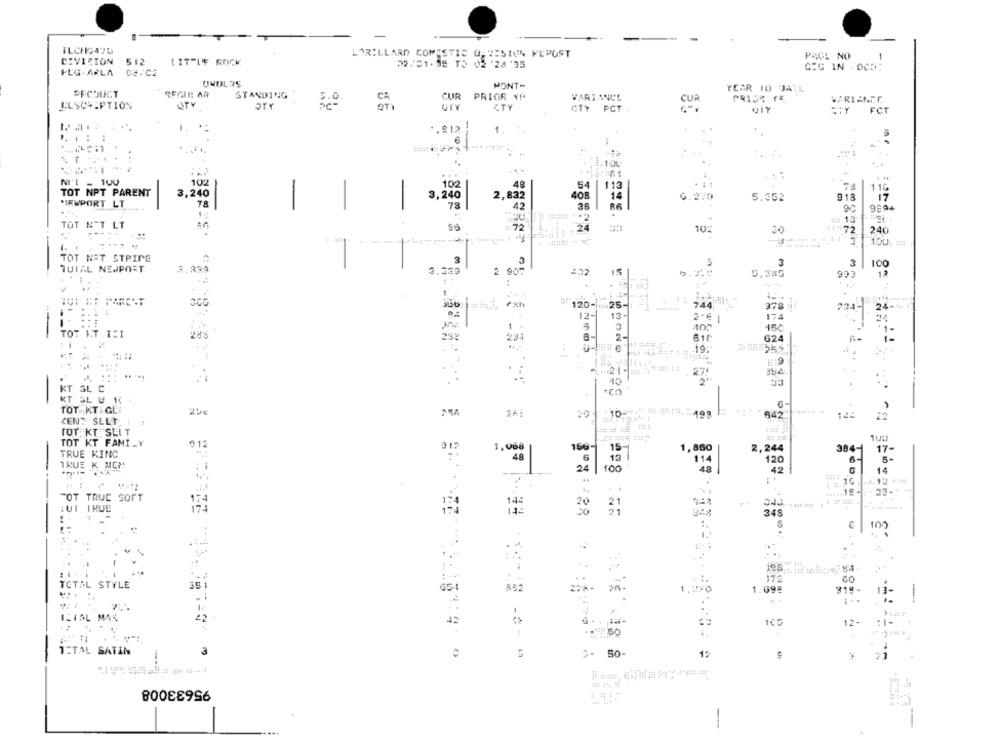
TLCHE470
LORILLARD COMESTIS GAVESIUN FEPOST
PACL NO
1
CIVICION
512
LITTLE ROCK
00101-58 T5 02 '28'35
CIG IN . 005:
FLG- ARLA
PONT-
YEAR IO JATE
PPCDUCT
REGIN! AR
STANDING
CUR PRIOR Y!
VARIANCE
CUR
VARIANTE,
ELSCRIPTION
OTY
GIY
CTY
OTY PCT
917
=: Y
FCT
...
1.212
1
6
. .
..
NI'L - 100
102
102
48
54
113
TOT NPT PARENT
3,240
3,240
408
1
2,832
14
6
.270
5.352
918
17
*IRUPORT LT
78
-
-
78
42
90
9804
-
TOT N'T LT
96
#72
24
30
11472
240
3 | 100:
TOT NET STRIPE
3
TUIAL NEWPORT
3.339
3
3
100
2 90%
15
5.385
993
12
:
ET PARENT
120-25 -:
744
378 il
24-
234-
12-
13-
174
24
1 .
100
150
-
TOT KT ISI
288
294
2-
610
624
-19.
3101952.
151 . 27!
354
.
..
10
KT SL C
.CO
-
KT BL U R
TOT KT GLI
842
142
CENTE SELT :
TOT, KT SLIT
TOT KT FAMILY
12
1,008
166
TRUE KING
917
15-
1,860
2,244
384-
17-
48
6
114
120
6-
5-
TRUE K MEN
24
48
208
14
FOT TRUC SOFT
20
LUI TRUE
31
348
:.
C
100
.
...
172
TOTAL STYLE
892
65
1.098
918-
13-
. .
-
ICIAL MAS
22
42
12
TETAL SATIN
3
3- 50-
1%
21
95633008
--
---